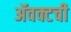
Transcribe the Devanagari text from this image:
ॲवक्टची